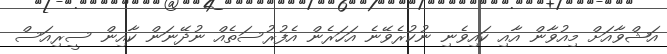
އަޝްވާއަށް މިއުވާން އާއި ކައިވެނި ނުކުރެވޭނެ އަހަރެން އެފުރުސަތެއް ނުދޭނަން ކާއިން ސީރިއަސް